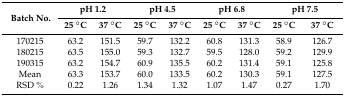
| <ROWSPAN=2> Batch No. | <COLSPAN=2> pH 1.2 | <COLSPAN=2> pH 4.5 | <COLSPAN=2> pH 6.8 | <COLSPAN=2> pH 7.5 |
 | 25 °C | 37 °C | 25 °C | 37 °C | 25 °C | 37 °C | 25 °C | 37 °C |
 | --- | --- | --- | --- | --- | --- | --- | --- | --- |
 | 170215 | 63.2 | 151.5 | 59.7 | 132.2 | 60.8 | 131.3 | 58.9 | 126.7 |
 | 180215 | 63.5 | 155.0 | 59.3 | 132.7 | 59.5 | 128.0 | 59.2 | 129.9 |
 | 190315 | 63.2 | 154.7 | 60.9 | 135.5 | 60.2 | 131.4 | 59.1 | 125.8 |
 | Mean | 63.3 | 153.7 | 60.0 | 133.5 | 60.2 | 130.3 | 59.1 | 127.5 |
 | RSD % | 0.22 | 1.26 | 1.34 | 1.32 | 1.07 | 1.47 | 0.27 | 1.70 |